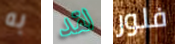
به لقد فلور